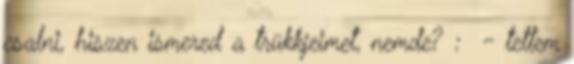
csalni, hiszen ismered a trükkjeimet, nemde? : - tettem